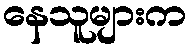
နေသူများက